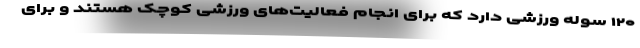
۱۲۰ سوله ورزشی دارد که برای انجام فعالیت‌های ورزشی کوچک هستند و برای